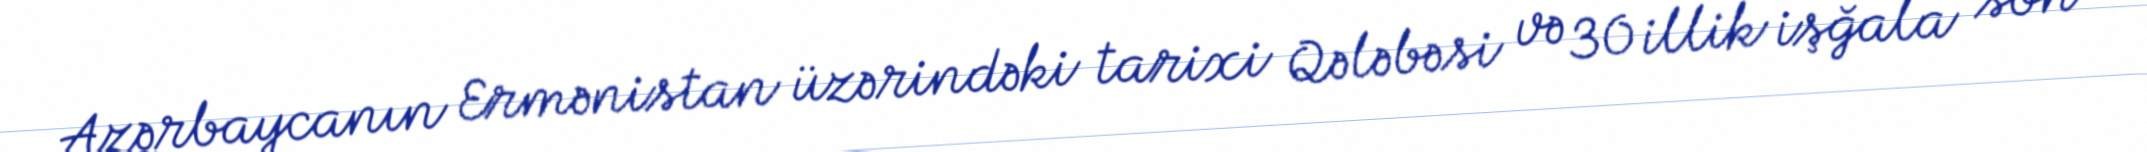
Azərbaycanın Ermənistan üzərindəki tarixi Qələbəsi və 30 illik işğala son